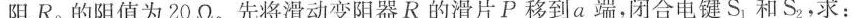
阻R_{0}的阻值为20Ω。先将滑动变阻器R的滑片P移到a端，闭合电键S_{1}和S_{2}，求：